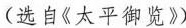
(选自《太平御览》)